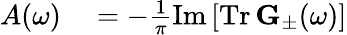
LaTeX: \begin{array}{rl}{A(\omega)}&{{}=-\frac{1}{\pi}\mathrm{Im}\left[\mathrm{Tr}\, \mathbf{G}_{\pm}(\omega)\right]}\end{array}